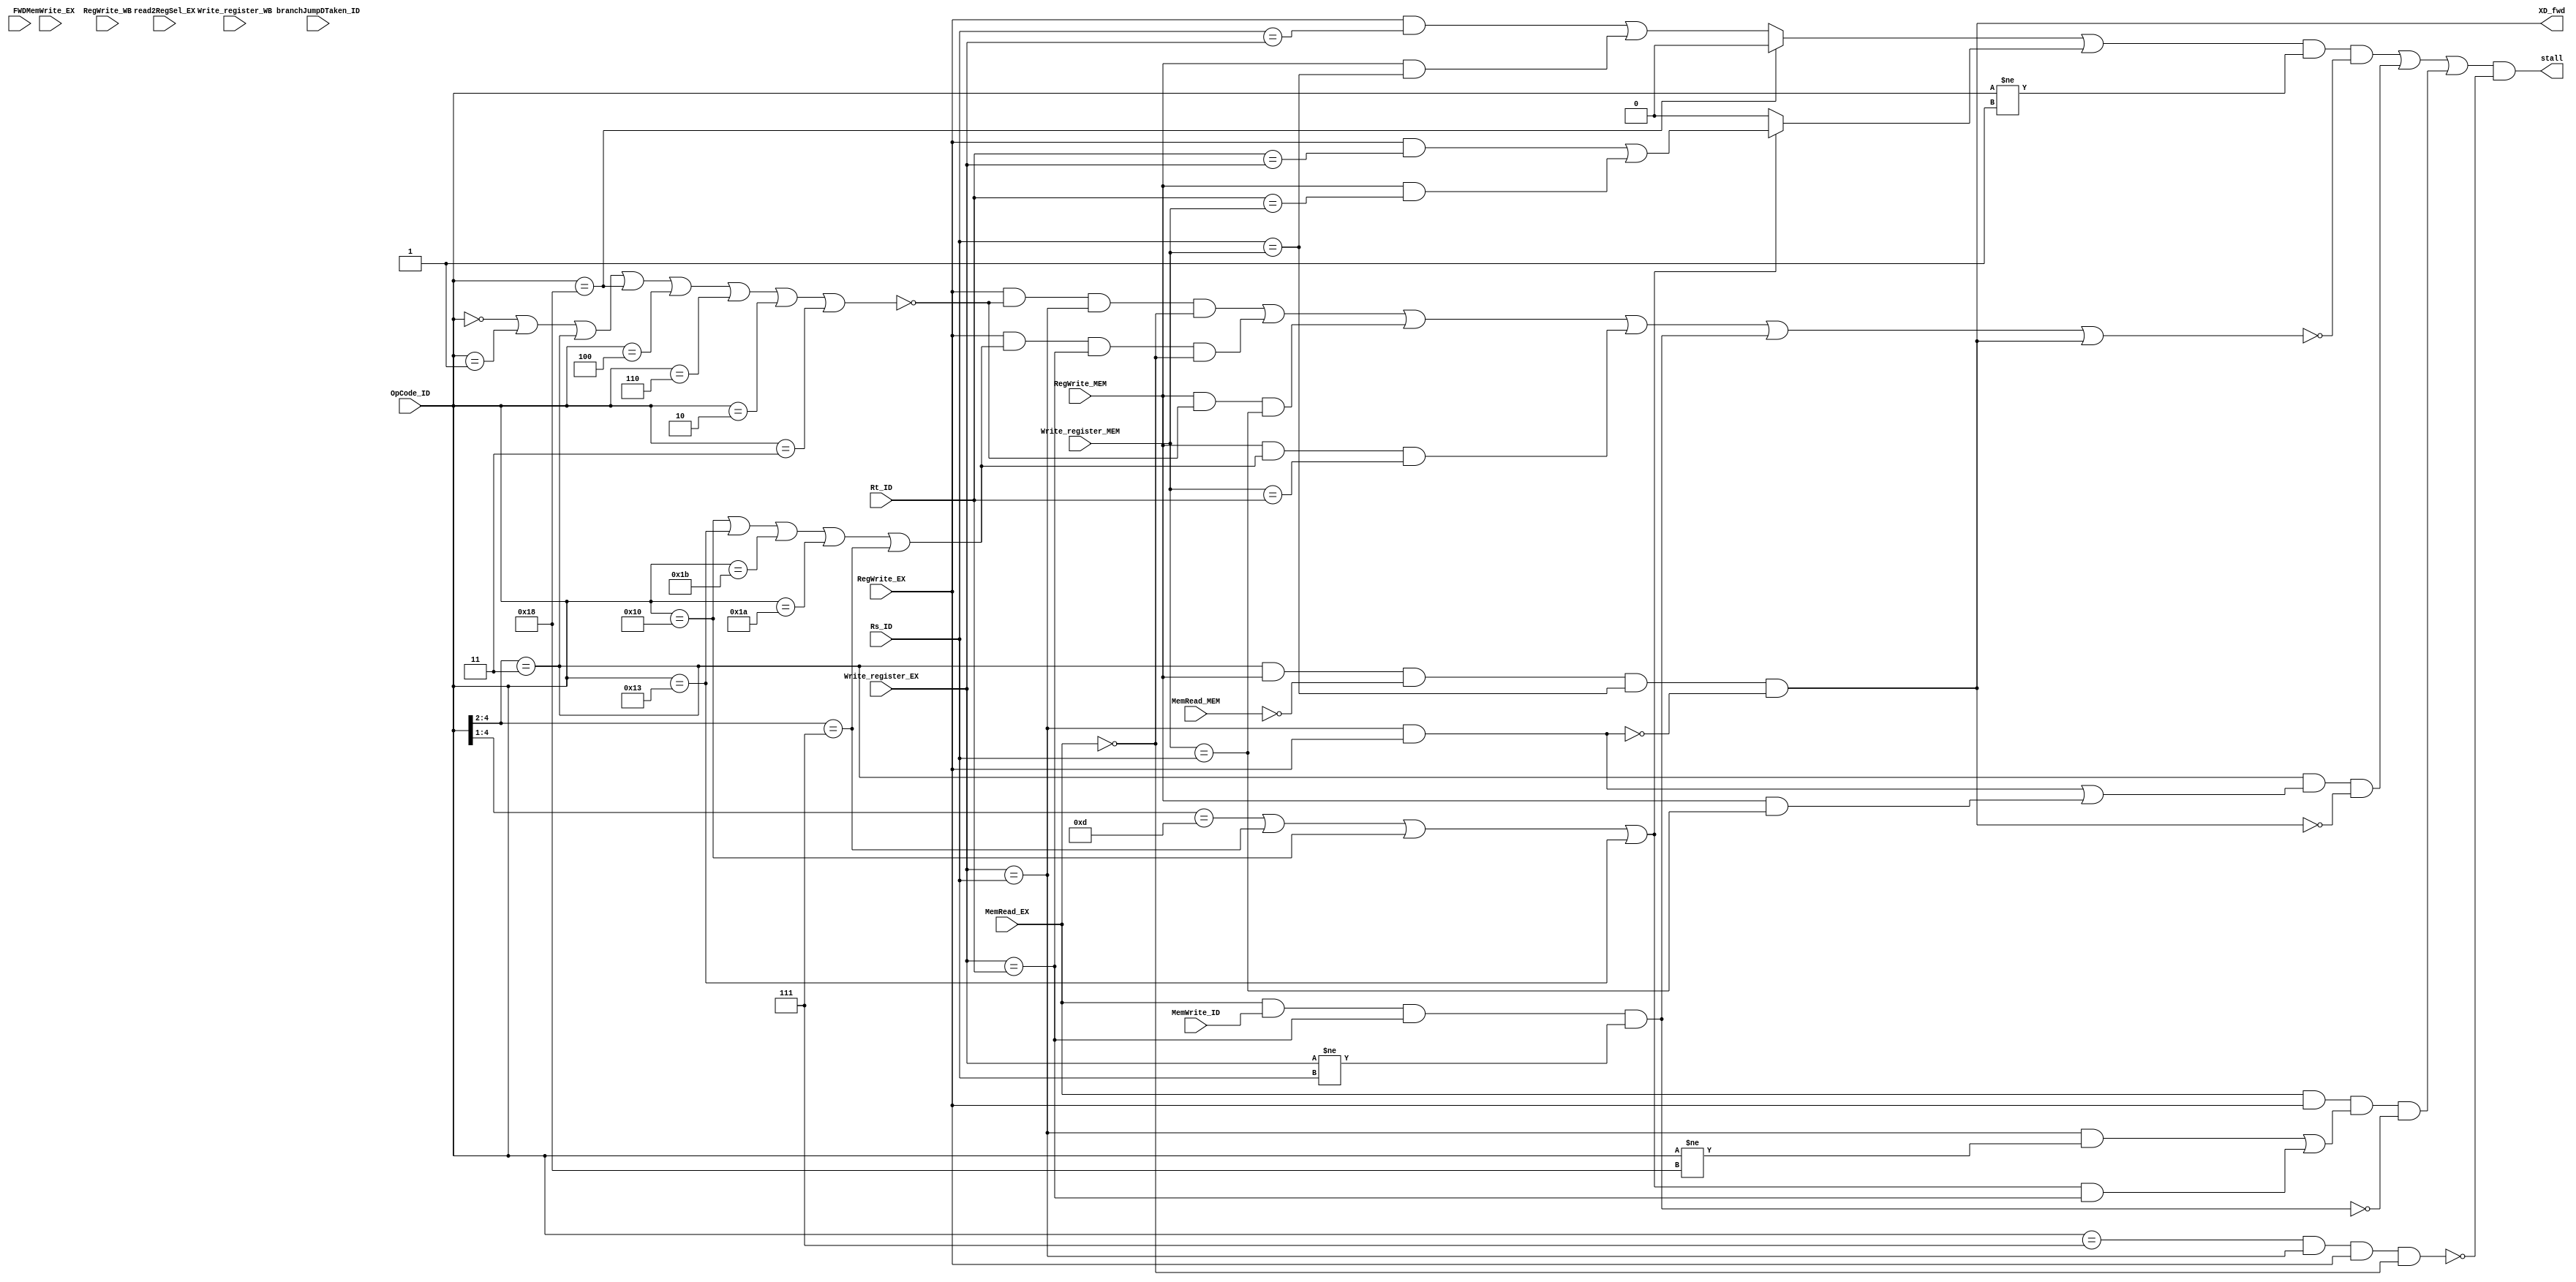
/*
	CS/ECE 552 Spring '22

	Filename        : hazard_detection.v
	Description     : hazard_detection unit
*/
module hazard_detection (
	// Outputs
	stall, XD_fwd, //MD_fwd,
	// Inputs
	OpCode_ID, Rs_ID, Rt_ID,
	Write_register_EX, RegWrite_EX,
	Write_register_MEM, RegWrite_MEM,
	branchJumpDTaken_ID, FWD, MemRead_EX,
	MemRead_MEM, MemWrite_EX, read2RegSel_EX,
	MemWrite_ID, RegWrite_WB, Write_register_WB
	);

	input [4:0] OpCode_ID;
	input [2:0] Rs_ID, Rt_ID;
	input [2:0] Write_register_EX, Write_register_MEM;
	input RegWrite_EX;
	input RegWrite_MEM;
	input branchJumpDTaken_ID;
	input FWD;
	input MemRead_EX;
	input MemRead_MEM;
	input MemWrite_EX;
	input [2:0] read2RegSel_EX;
	input MemWrite_ID;
	input RegWrite_WB;
	input [2:0] Write_register_WB;
	
	output stall;
	
	// extra credit
	output XD_fwd;
	//output MD_fwd;
	
	wire EX_RAW_Rs, EX_RAW_Rt, MEM_RAW_Rs, MEM_RAW_Rt;
	wire Rt_active;
	wire Rt_stall, Rs_stall;
	
	wire branch_stall;		// stall branch in Decode waiting for RF bypassing of the previous instruction
	wire jalr_pass;			// if JALR in Decode and Rs can be EX-EX forwarded in the next cycle, do NOT stall
	wire load_stall;		// load to use stall
	
	// check if forwarding will be available
	wire line1_fwdable, line2_fwdable;
	wire fwd;
	wire line1_EXEX, line2_EXEX, line1_MEMEX, line2_MEMEX;
	wire MEMMEM_fwd;
	
	assign EX_RAW_Rs = RegWrite_EX & (Rs_ID == Write_register_EX);
	assign EX_RAW_Rt = RegWrite_EX & (Rt_ID == Write_register_EX);
	assign MEM_RAW_Rs = RegWrite_MEM & (Rs_ID == Write_register_MEM);
	assign MEM_RAW_Rt = RegWrite_MEM & (Rt_ID == Write_register_MEM);
	
	assign Rt_active = (OpCode_ID[4:1] == 4'b1101) | (OpCode_ID[4:2] == 3'b111) |
					   (OpCode_ID == 5'b10000) | (OpCode_ID == 5'b10011) ;
	
	assign Rs_stall = (OpCode_ID == 5'b11000) ? 1'b0 : (EX_RAW_Rs | MEM_RAW_Rs);
	assign Rt_stall = Rt_active ? (EX_RAW_Rt | MEM_RAW_Rt) : 1'b0;
	
	assign branch_stall = (OpCode_ID[4:2] == 3'b011) & ((RegWrite_EX & (Write_register_EX == Rs_ID)) | (RegWrite_MEM & (Write_register_MEM == Rs_ID))) & ~XD_fwd;
	
	assign jalr_pass = (OpCode_ID == 5'b00111) & (Write_register_EX == Rs_ID) & RegWrite_EX & ~MemRead_EX;
	
	assign load_stall = MemRead_EX & RegWrite_EX & (((Write_register_EX == Rs_ID) & (OpCode_ID != 5'b11000)) | (Rt_active & (Write_register_EX == Rt_ID))) & ~MEMMEM_fwd;
	
	assign stall = (((Rs_stall | Rt_stall) & ((OpCode_ID != 5'b00001)) & ~fwd) | branch_stall | load_stall) & ~jalr_pass;
	
	assign line1_fwdable = ~(OpCode_ID == 5'b00000 |		// HALT
							 OpCode_ID == 5'b00001 |		// NOP
							 OpCode_ID[4:2] == 3'b011 |		// branches
							 OpCode_ID == 5'b11000 |		// LBI
							 OpCode_ID == 5'b00100 |		// J
							 OpCode_ID == 5'b00110 |		// JAL
							 OpCode_ID == 5'b00010 |		// siic
							 OpCode_ID == 5'b00011);		// RTI
							 
	assign line2_fwdable = OpCode_ID == 5'b10000 |			// ST
						   OpCode_ID == 5'b10011 |			// STU
						   OpCode_ID == 5'b11011 |			// ADD, SUB, XOR, ANDN
						   OpCode_ID == 5'b11010 |			// ROL, SLL, ROR, SRL
						   OpCode_ID[4:2] == 3'b111;		// SEQ, SLT, SLE, SCO
	
	assign line1_EXEX = RegWrite_EX & line1_fwdable & (Write_register_EX == Rs_ID) & ~MemRead_EX;
	assign line2_EXEX = RegWrite_EX & line2_fwdable & (Write_register_EX == Rt_ID) & ~MemRead_EX;
	
	assign line1_MEMEX = RegWrite_MEM & line1_fwdable & (Write_register_MEM == Rs_ID);
	assign line2_MEMEX = RegWrite_MEM & line2_fwdable & (Write_register_MEM == Rt_ID);
	
	assign MEMMEM_fwd = MemRead_EX & MemWrite_ID & (Write_register_EX == Rt_ID) & (Write_register_EX != Rs_ID);
	
	assign XD_fwd = (OpCode_ID[4:2] == 3'b011) & RegWrite_MEM & ~MemRead_MEM & (Rs_ID == Write_register_MEM) & ~((Write_register_EX == Rs_ID) & RegWrite_EX);
	
	assign fwd = line1_EXEX | line2_EXEX | line1_MEMEX | line2_MEMEX | MEMMEM_fwd | XD_fwd;
	
endmodule